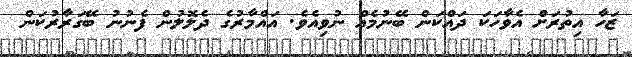
ޒަހާ އިތުރަށް އެވާހަކަ ދައްކަން ބޭނުމެއް ނުވިއެވެ. އައްމާރުގެ ދެލޮލުން ފެނުނު ބޭގަރާރުކަން